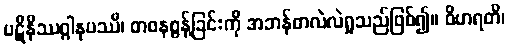
ပဋိနိဿဂ္ဂါနုပဿီ၊ တဖနစွန့်ခြင်းကို အဘန်တလဲလဲရှုသည်ဖြစ်၍။ ဝိဟရတိ၊